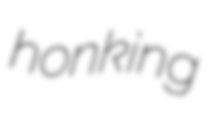
honking